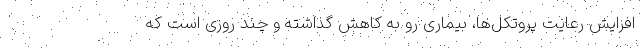
افزایش رعایت پروتکل‌ها، بیماری رو به کاهش گذاشته و چند روزی است که